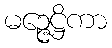
မဉ္ဇေဋ္ဌိကာ